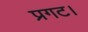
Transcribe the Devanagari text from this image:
प्रगट।